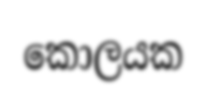
කොලයක